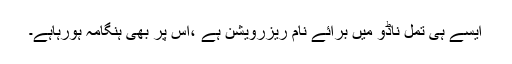
ایسے ہی تمل ناڈو میں برائے نام ریزرویشن ہے ،اس پر بھی ہنگامہ ہورہاہے۔